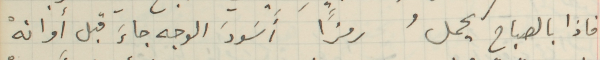
فاذا بالصباح يحملُ رمزًا أَسَودَ الوجه جاءَ قبل أوانهْ